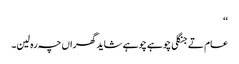
‘‘
عام تے جنگلی چوہے چوہے شاید گھراں چہ رہ لین۔